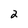
Character: 2